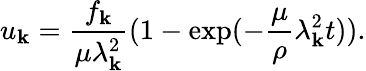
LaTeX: u_{\mathbf{k}}=\frac{{f_{\mathbf{k}}}}{{\mu\lambda_{\mathbf{k}}^{2}}}(1-\exp(-\frac{{\mu}}{{\rho}}\lambda_{\mathbf{k}}^{2}t)).